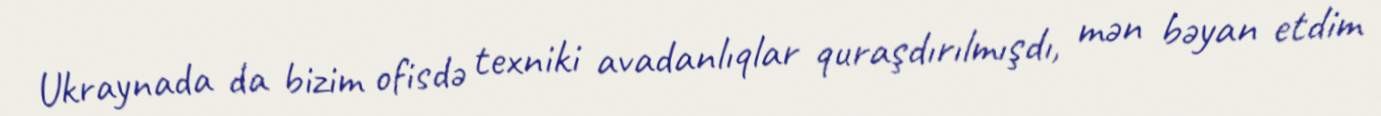
Ukraynada da bizim ofisdə texniki avadanlıqlar quraşdırılmışdı, mən bəyan etdim